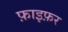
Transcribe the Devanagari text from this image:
फ़ाइफ़र